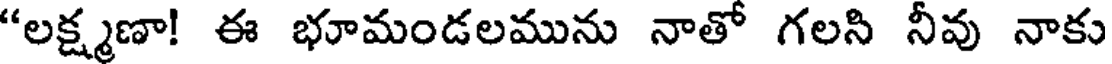
"లక్ష్మణా! ఈ భూమండలమును నాతో గలసి నీవు నాకు